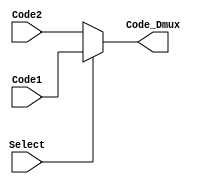
`timescale 1ns / 1ps
//////////////////////////////////////////////////////////////////////////////////
// Company: 
// Engineer: 
// 
// Design Name: 
// Module Name:    Mux_Code_Reg 
// Project Name: 
// Target Devices: 
// Tool versions: 
// Description: 
//
// Dependencies: 
//
// Revision: 
// Revision 0.01 - File Created
// Additional Comments: 
//
//////////////////////////////////////////////////////////////////////////////////
module Mux_Code_Reg(
    input [3:0] Code1, // seal para direccionar demux
    input [3:0] Code2,// seal para direccionar demux
    input Select,
    output [3:0] Code_Dmux// seal para direccionar demux final
    );
assign Code_Dmux = Select ? Code1 : Code2; // mux

endmodule